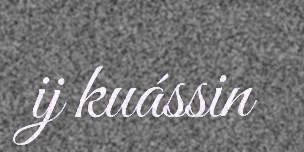
ij kuássin